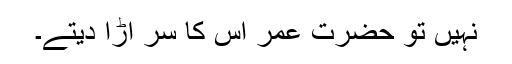
نہیں تو حضرت عمرؓ اس کا سر اڑا دیتے۔